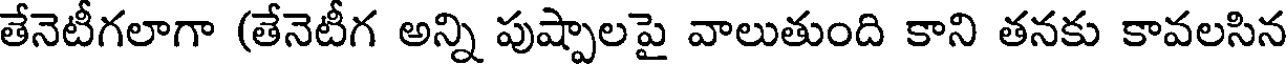
తేనెటీగలాగా (తేనెటీగ అన్ని పుష్పాలపై వాలుతుంది కాని తనకు కావలసిన